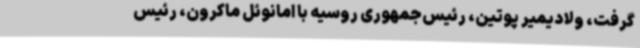
گرفت، ولادیمیر پوتین،‌ رئیس‌جمهوری روسیه با امانوئل ماکرون، رئیس‌